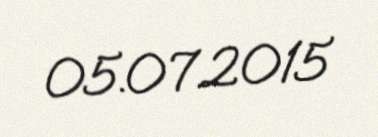
05.07.2015